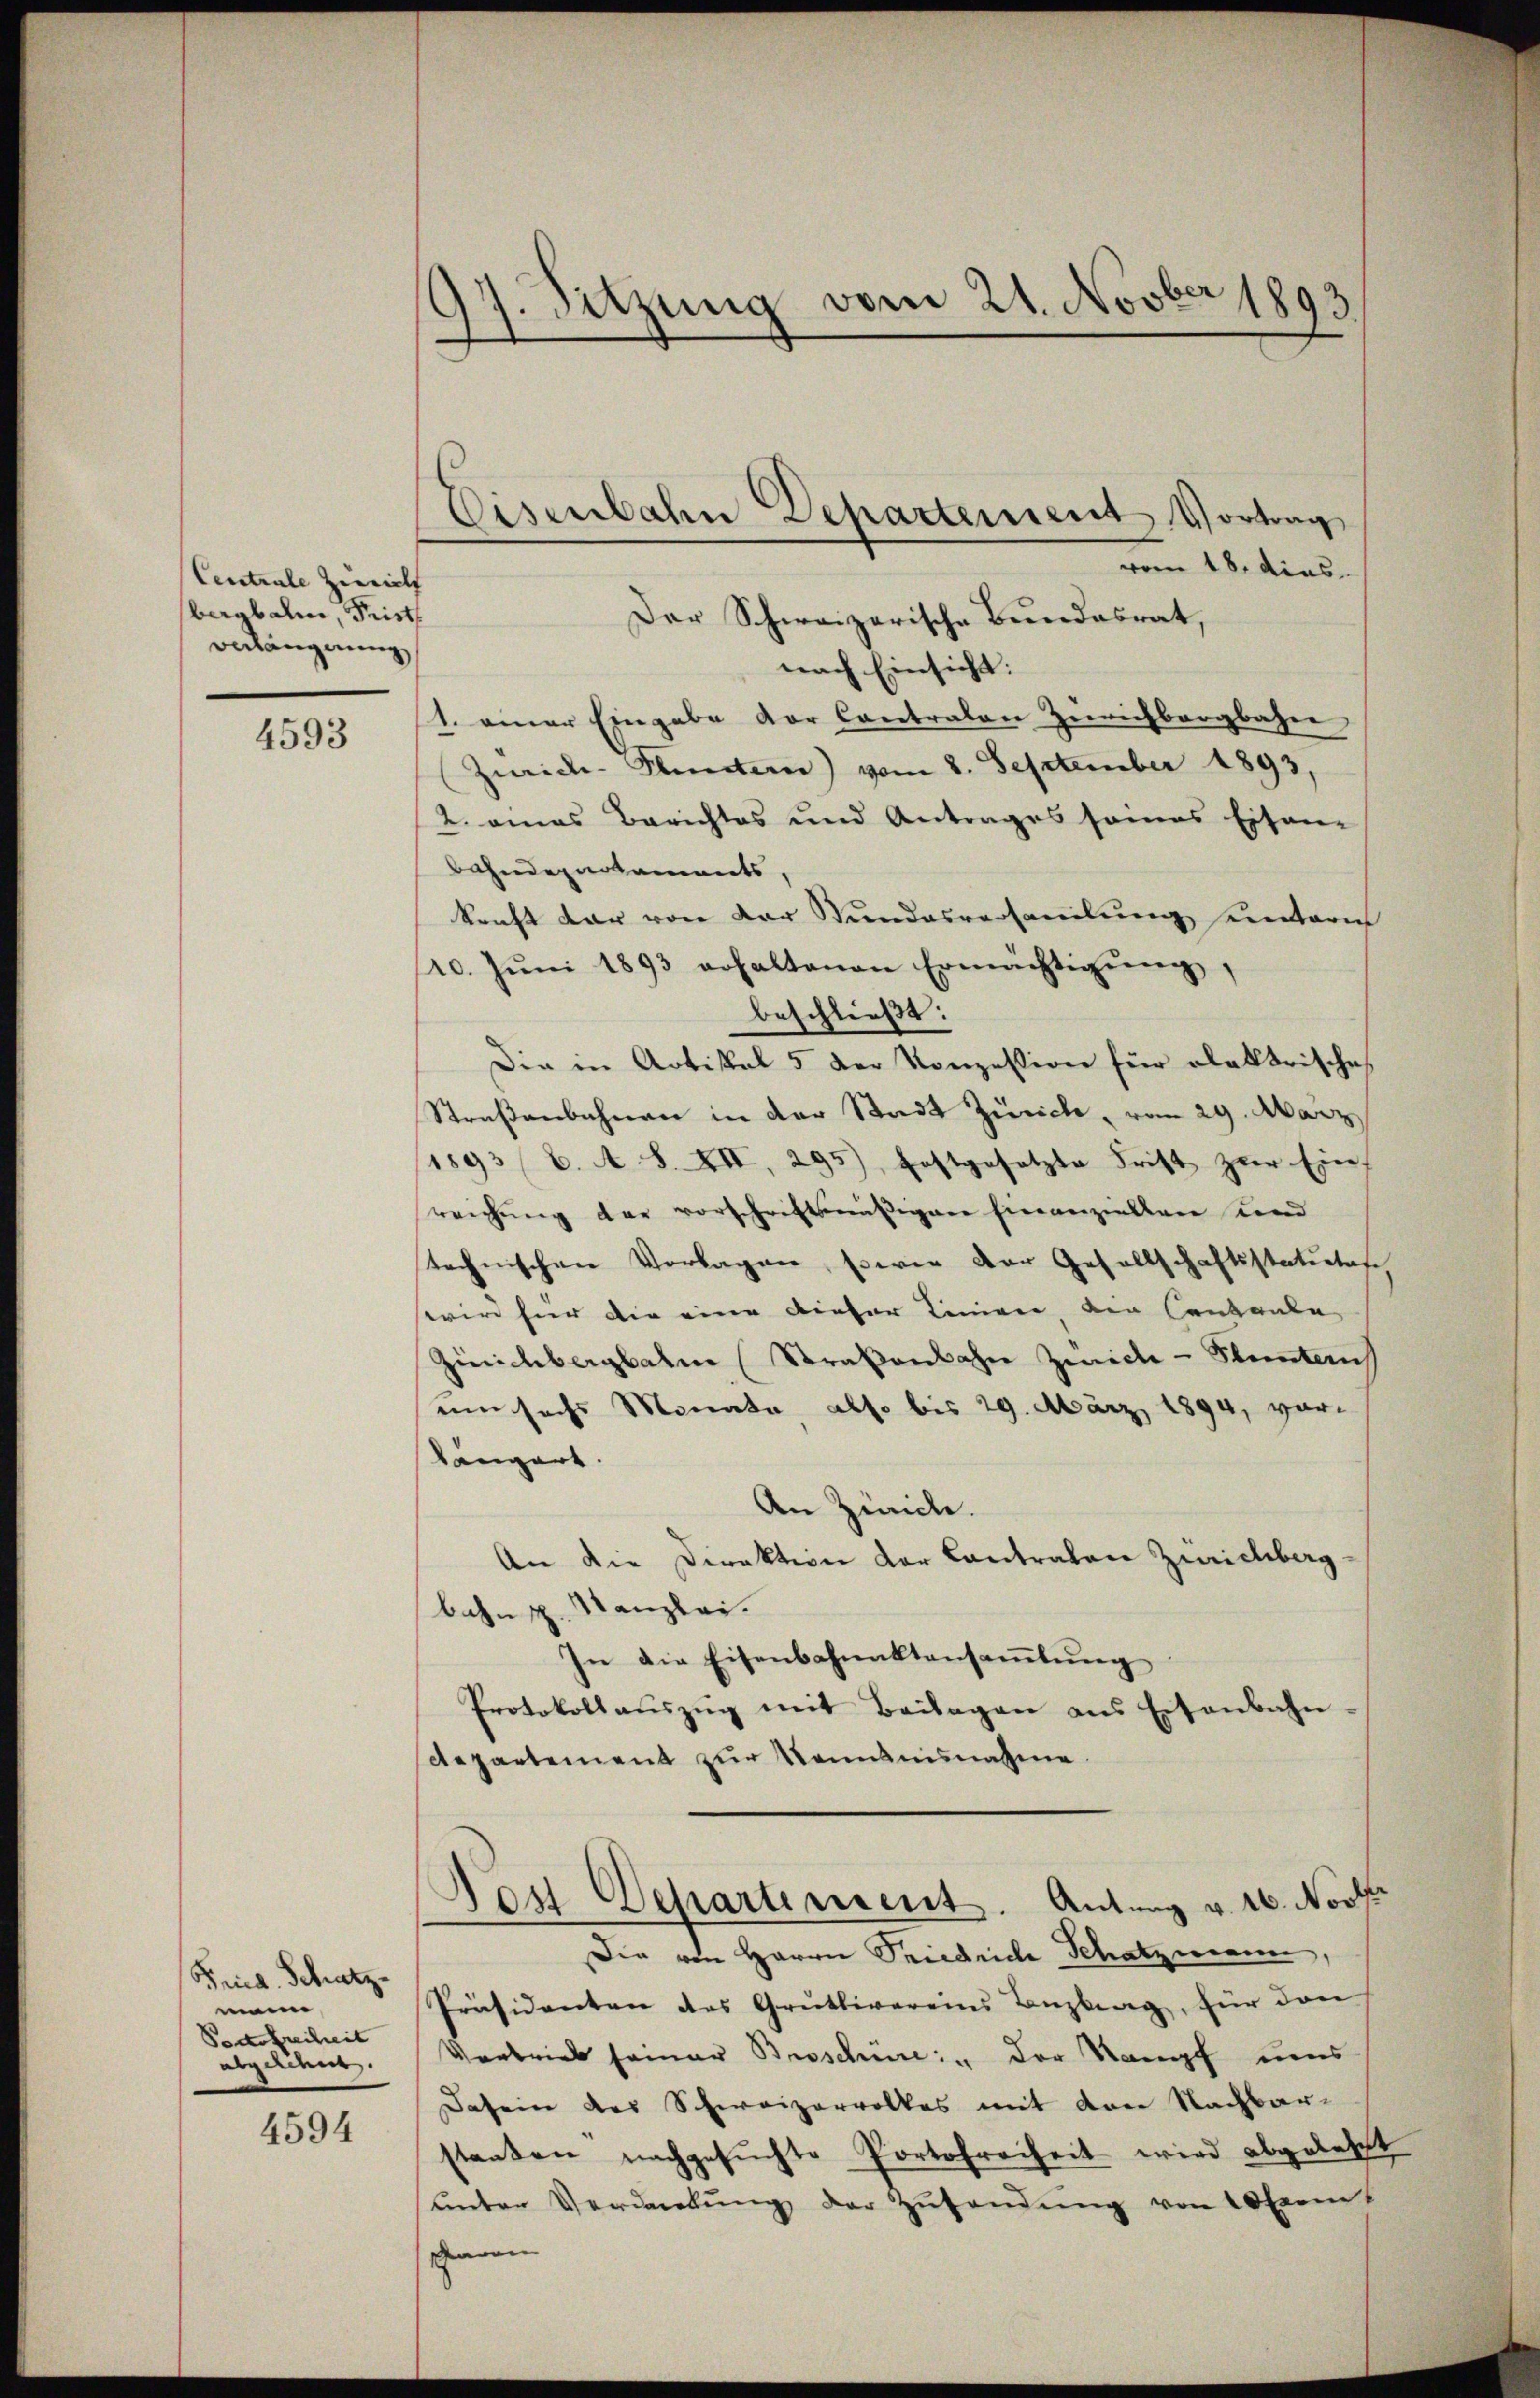
Cecatrale Zuricht |
bergbahn, Frist
Bulängerung

4593

Frd. Schatz.
mein
Portofreiheit
abguldent.

4594

97. Sitzung vom 21. Novber 1893

Eisenbahn Departement Vortrag
Der Schweizerische Bundesrat,

vom 18. dies
nach Einsicht:
1. einer Eingabe der Contralen Zürichbergbahne
Zwicke-Bluntern) vom 8. September 1893,
2. eines Berichtes und Antrages seines Eisen-
Bahndepartements,
kraft dar von der Stundesversamlung einterin
10. Jŭni 1893 erhaltenen Ermächtigŭng,
beschließt:
Die in Artikel 5 der Konzession für alektrische
Straßenbahnen in der Stadt Zürich, vom 29. März
(1893/6. A. S. XII, 295), festgesetzte Frist zur Ein-
reichung der vorschriftsmäßigen Finanziellen und
technischen Vorlagen, sowie der Gesellschaftsstatuten
wird hier die eine dieser Liniger den Cantante
Zürichbergbahn (Straßenbahn Zwicke - Seitens
um sechs Monata also bis 29. März 1894, vor-
längert.
An Zürich.
An die Direktion der Contraten Zürichberg-
bahn pp. Kanzlei.
In die Eisenbahnaktansaṁlŭng
Protokollaŭszŭg mit Beilagen aus Eisenbahn-
departement zur Nenntnisnahme
Non Departement. Antrag v. 16. Novbr
Die von Herrn Friedriche Schatzmann,
Präsidenten des Grütlivereins Antrag, für den
Vortrieb seiner Broschure: " der Stampf uns
Dasein des Schweizervolkes mit den Nachbarstanten nachgesuchte Portofreiheit wird abgelest
ŭnter Verdankŭng der Zŭsendŭng von 10 Exem
avon